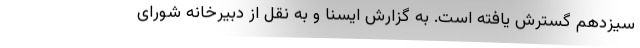
سیزدهم گسترش یافته است. به گزارش ایسنا و به نقل از دبیرخانه شورای